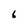
Character: 6